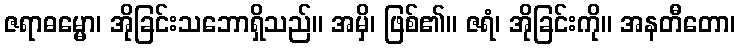
ဇရာဓမ္မော၊ အိုခြင်းသဘောရှိသည်။ အမှိ၊ ဖြစ်၏။ ဇရံ၊ အိုခြင်းကို။ အနတီတော၊